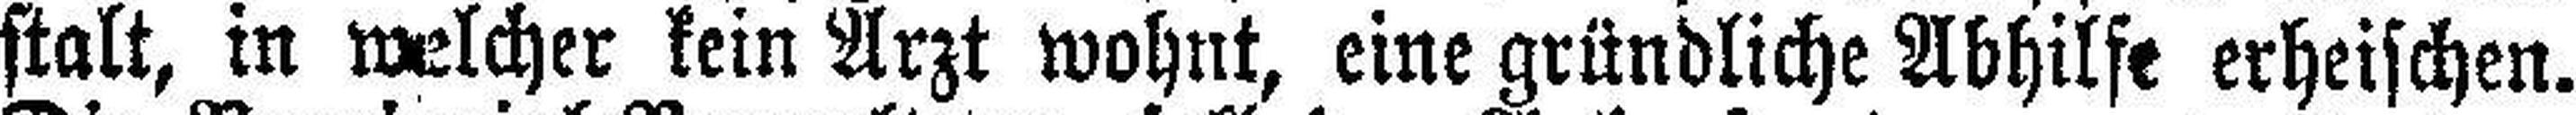
stalt, in welcher kein Arzt wohnt, eine gründliche Abhilfe erheischen.